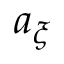
a _ { \xi }